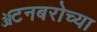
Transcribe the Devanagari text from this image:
ॲटनबरोच्या